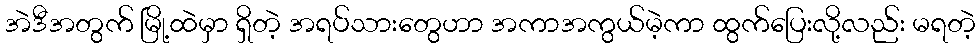
အဲဒီအတွက် မြို့ထဲမှာ ရှိတဲ့ အရပ်သားတွေဟာ အကာအကွယ်မဲ့ကာ ထွက်ပြေးလို့လည်း မရတဲ့